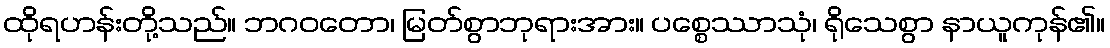
ထိုရဟန်းတို့သည်။ ဘဂဝတော၊ မြတ်စွာဘုရားအား။ ပစ္စေဿာသုံ၊ ရိုသေစွာ နာယူကုန်၏။